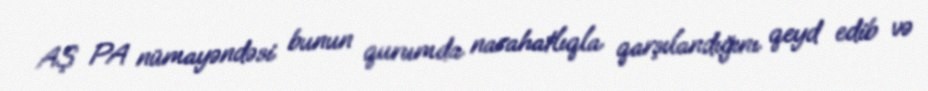
AŞ PA nümayəndəsi bunun qurumda narahatlıqla qarşılandığını qeyd edib və